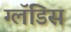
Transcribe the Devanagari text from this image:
ग्लॅडिस